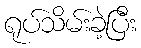
ရုပ်သိမ်းခဲ့ပြီး